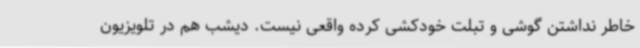
خاطر نداشتن گوشی و تبلت خودکشی کرده واقعی نیست. دیشب هم در تلویزیون